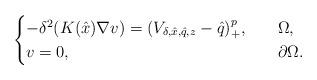
LaTeX: \begin{align*}\begin{cases}-\delta^2(K(\hat{x})\nabla v)= (V_{\delta, \hat{x}, \hat{q}, z}-\hat{q})^{p}_+,\ \ & \ \Omega,\\v=0,\ \ &\ \partial \Omega.\end{cases}\end{align*}